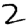
Digit: 2